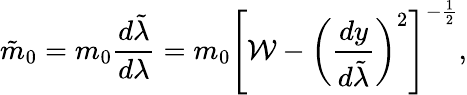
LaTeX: \tilde{m}_{0}=m_{0}{\frac{d\tilde{\lambda}}{d\lambda}}=m_{0}\left[{\cal W}-\left({\frac{dy}{d\tilde{\lambda}}}\right)^{2}\right]^{-{\frac{1}{2}}},